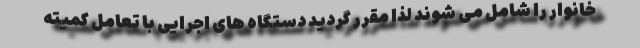
خانوار را شامل می شوند لذا مقرر گردید دستگاه های اجرایی با تعامل کمیته